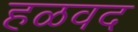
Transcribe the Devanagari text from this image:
हळवद